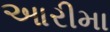
આરીમા